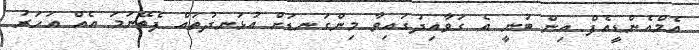
އެމްއެންޑީއެފް އިން ބުނީ އެ ގަވާއިދުގައިވާ މިންގަނޑަށް އުޅަނދުތައް ފެތޭނަމަ އެއް އަހަރު